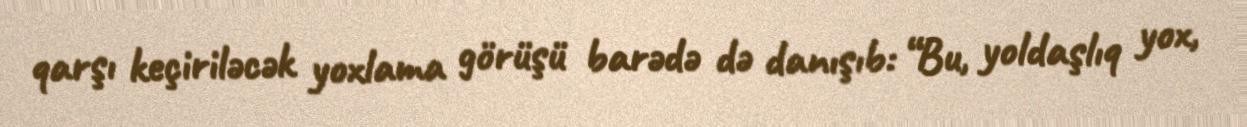
qarşı keçiriləcək yoxlama görüşü barədə də danışıb: “Bu, yoldaşlıq yox,